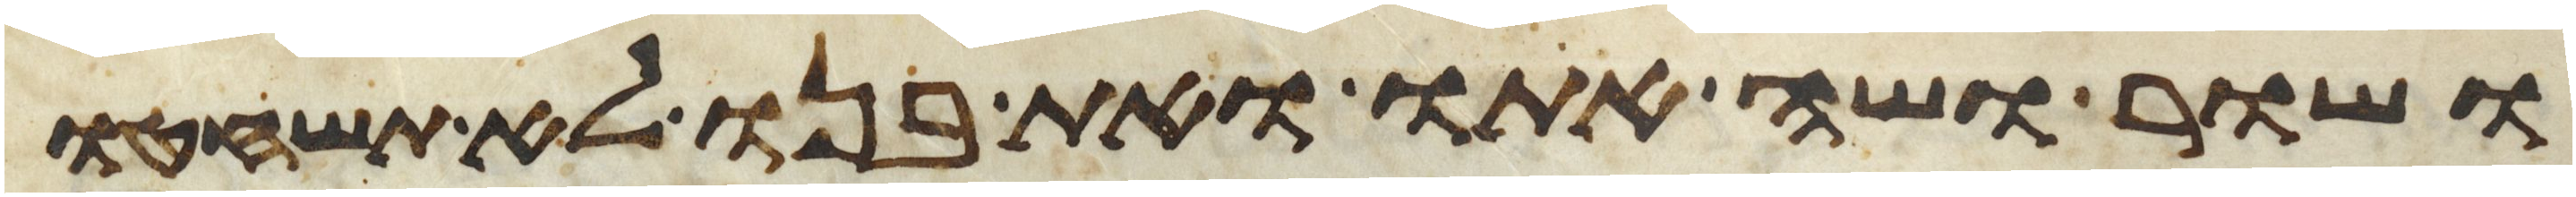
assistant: ושור ושה אתו ואת בנו לא תשחטו